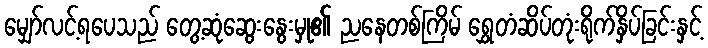
မျှော်လင့်ရပေသည် တွေ့ဆုံဆွေးနွေးမှု၏ ညနေတစ်ကြိမ် ရွှေတံဆိပ်တုံးရိုက်နှိပ်ခြင်းနှင့်